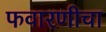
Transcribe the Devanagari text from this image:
फवारणीचा